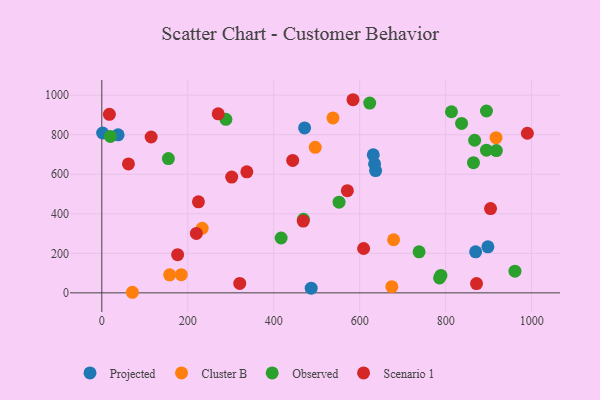
{"axis": {"x": "Study Hours", "y": "Yield"}, "legend": ["Cluster B", "Observed", "Projected", "Scenario 1"], "data": [{"x": "487.1", "y": 23.8, "type": "Projected"}, {"x": "634.6", "y": 652.2, "type": "Projected"}, {"x": "898.2", "y": 232.6, "type": "Projected"}, {"x": "869.7", "y": 207.8, "type": "Projected"}, {"x": "631.6", "y": 698.4, "type": "Projected"}, {"x": "1.9", "y": 808.8, "type": "Projected"}, {"x": "471.8", "y": 834.3, "type": "Projected"}, {"x": "637.0", "y": 618.8, "type": "Projected"}, {"x": "37.9", "y": 799.7, "type": "Projected"}, {"x": "674.7", "y": 31.2, "type": "Cluster B"}, {"x": "71.1", "y": 2.9, "type": "Cluster B"}, {"x": "233.5", "y": 326.6, "type": "Cluster B"}, {"x": "678.8", "y": 268.7, "type": "Cluster B"}, {"x": "917.2", "y": 784.9, "type": "Cluster B"}, {"x": "184.9", "y": 92.0, "type": "Cluster B"}, {"x": "537.8", "y": 885.2, "type": "Cluster B"}, {"x": "496.5", "y": 736.3, "type": "Cluster B"}, {"x": "157.8", "y": 91.2, "type": "Cluster B"}, {"x": "789.0", "y": 88.2, "type": "Observed"}, {"x": "894.9", "y": 722.1, "type": "Observed"}, {"x": "837.0", "y": 857.0, "type": "Observed"}, {"x": "288.7", "y": 878.1, "type": "Observed"}, {"x": "918.0", "y": 719.9, "type": "Observed"}, {"x": "864.7", "y": 658.6, "type": "Observed"}, {"x": "417.2", "y": 277.4, "type": "Observed"}, {"x": "867.4", "y": 772.0, "type": "Observed"}, {"x": "623.3", "y": 960.1, "type": "Observed"}, {"x": "19.9", "y": 791.2, "type": "Observed"}, {"x": "469.1", "y": 371.8, "type": "Observed"}, {"x": "961.2", "y": 109.8, "type": "Observed"}, {"x": "551.9", "y": 458.6, "type": "Observed"}, {"x": "154.9", "y": 679.3, "type": "Observed"}, {"x": "785.8", "y": 75.5, "type": "Observed"}, {"x": "813.5", "y": 916.2, "type": "Observed"}, {"x": "738.1", "y": 207.6, "type": "Observed"}, {"x": "894.9", "y": 920.0, "type": "Observed"}, {"x": "114.8", "y": 788.4, "type": "Scenario 1"}, {"x": "871.8", "y": 47.0, "type": "Scenario 1"}, {"x": "220.0", "y": 300.9, "type": "Scenario 1"}, {"x": "337.4", "y": 612.5, "type": "Scenario 1"}, {"x": "468.6", "y": 363.1, "type": "Scenario 1"}, {"x": "571.3", "y": 517.1, "type": "Scenario 1"}, {"x": "224.8", "y": 460.4, "type": "Scenario 1"}, {"x": "62.0", "y": 652.1, "type": "Scenario 1"}, {"x": "270.8", "y": 906.0, "type": "Scenario 1"}, {"x": "320.9", "y": 47.7, "type": "Scenario 1"}, {"x": "176.4", "y": 192.9, "type": "Scenario 1"}, {"x": "444.1", "y": 670.0, "type": "Scenario 1"}, {"x": "609.1", "y": 224.3, "type": "Scenario 1"}, {"x": "990.1", "y": 807.4, "type": "Scenario 1"}, {"x": "302.2", "y": 585.9, "type": "Scenario 1"}, {"x": "904.4", "y": 426.4, "type": "Scenario 1"}, {"x": "584.4", "y": 977.1, "type": "Scenario 1"}, {"x": "17.6", "y": 903.1, "type": "Scenario 1"}]}